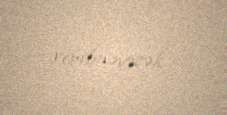
verilməyəcək.